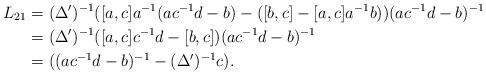
LaTeX: \begin{align*} L_{21}&=(\Delta')^{-1}([a,c]a^{-1}(ac^{-1}d-b)-([b,c]-[a,c]a^{-1}b) )(ac^{-1}d-b)^{-1}\\ &=(\Delta')^{-1}([a,c]c^{-1}d-[b,c] )(ac^{-1}d-b)^{-1}\\ &=((ac^{-1}d-b)^{-1}-(\Delta')^{-1}c ). \end{align*}